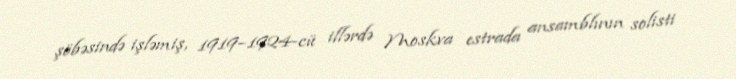
şöbəsində işləmiş, 1919–1924-cü illərdə Moskva estrada ansamblının solisti